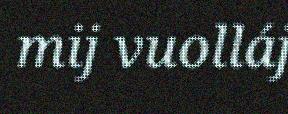
mij vuolláj